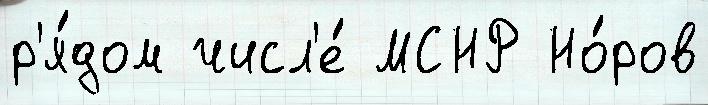
р'я́дом числ'е́ МСНР Но́ров